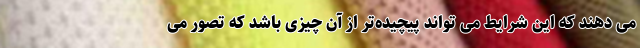
می دهند که این شرایط می تواند پیچیده‌تر از آن چیزی باشد که تصور می